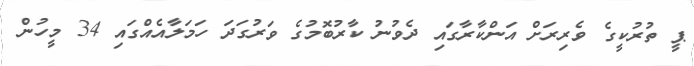
ޕީ ތުރުކީގެ ވެރިރަށް އަންކާރާގައި ދެވުނު ކާރުބޮމުގެ ވަރުގަދަ ހަމަލާއެއްގައި 34 މީހުން